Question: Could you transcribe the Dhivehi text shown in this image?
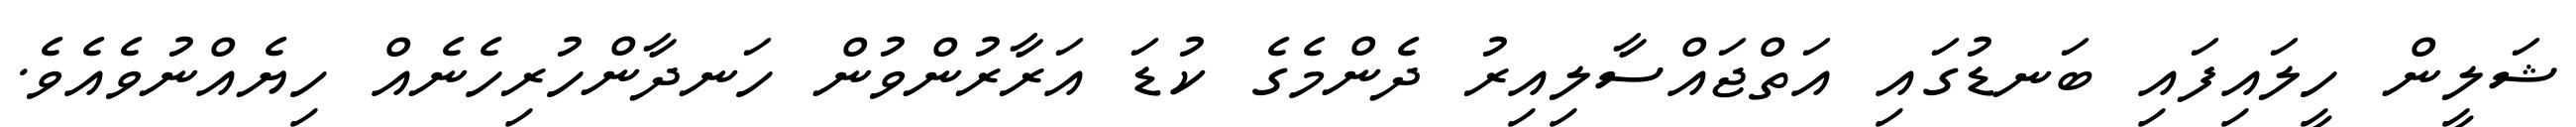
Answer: ޝަލީން ހީލައިފައި ބަނޑުގައި އަތްޖައްސާލިއިރު ދެންމެގެ ކުޑަ އަރާރުންވުން ހަނދާންހުރިހެނެއް ހިޔެއްނުވެއެވެ.